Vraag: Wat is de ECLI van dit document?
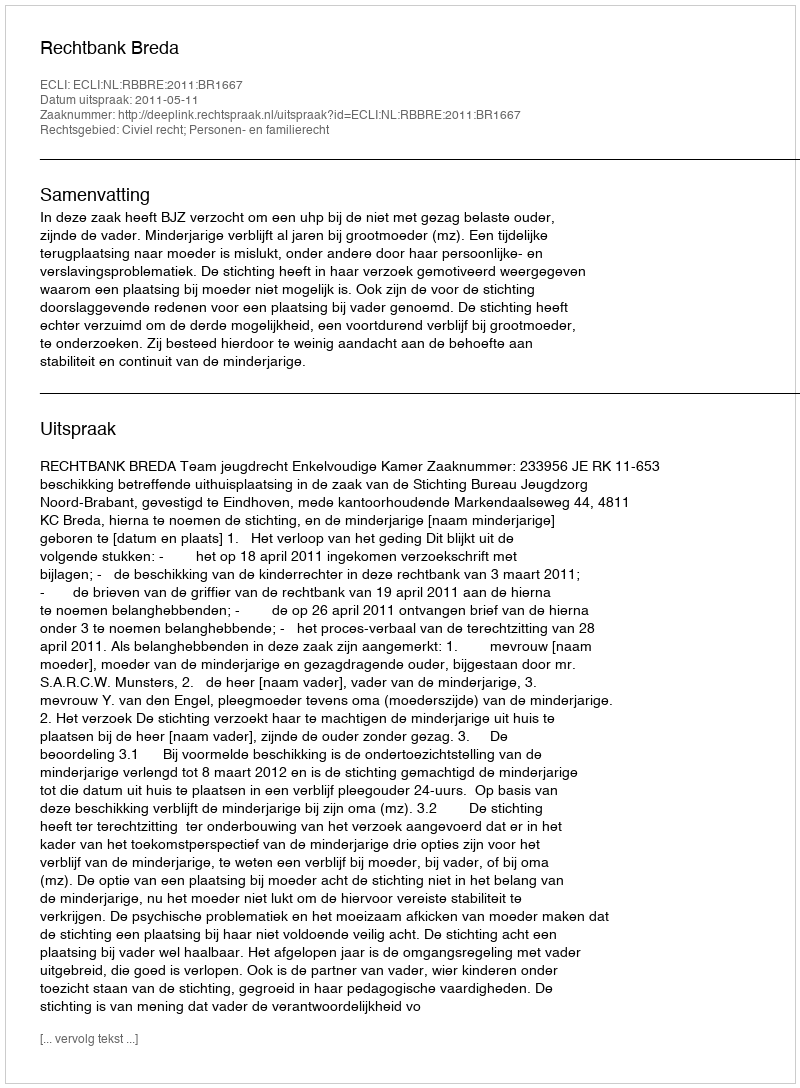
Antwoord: ECLI:NL:RBBRE:2011:BR1667